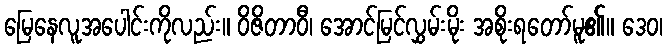
မြေနေလူအပေါင်းကိုလည်း။ ဝိဇိတာဝီ၊ အောင်မြင်လွှမ်းမိုး အစိုးရတော်မူ၏။ ဒေဝ၊